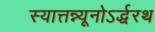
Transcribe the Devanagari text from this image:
स्यात्तन्न्यूनोऽर्द्धरथ